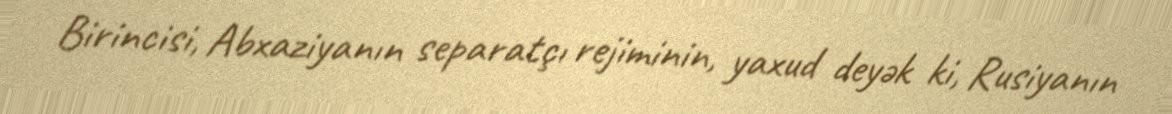
Birincisi, Abxaziyanın separatçı rejiminin, yaxud deyək ki, Rusiyanın